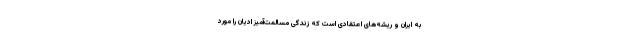
به ایران و ریشه‌های اعتقادی است که زندگی مسالمت‌آمیز ادیان را مورد